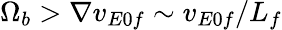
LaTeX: \Omega_{b}>\nabla v_{E0f}\sim v_{E0f}/L_{f}